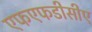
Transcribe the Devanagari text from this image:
एफएफडीसीए